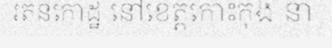
រតនកោដ្ឋ នៅខេត្តកោះកុង នា